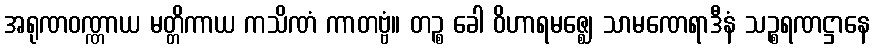
အရုဏဝဏ္ဏာယ မတ္တိကာယ ကသိဏံ ကာတဗ္ဗံ။ တဉ္စ ခေါ ဝိဟာရမဇ္ဈေ သာမဏေရာဒီနံ သဉ္စရဏဋ္ဌာနေ